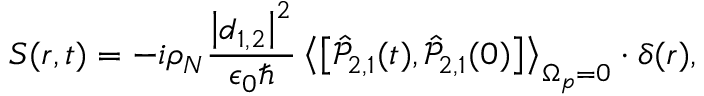
S ( \boldsymbol r , t ) = - i \rho _ { N } \frac { \left| \boldsymbol d _ { 1 , 2 } \right| ^ { 2 } } { \epsilon _ { 0 } \hbar } \left< \left[ \hat { \mathcal P } _ { 2 , 1 } ( t ) , \hat { \mathcal P } _ { 2 , 1 } ( 0 ) \right] \right> _ { \Omega _ { p } = 0 } \cdot \delta ( \boldsymbol r ) ,